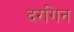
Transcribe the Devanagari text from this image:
दरगिन